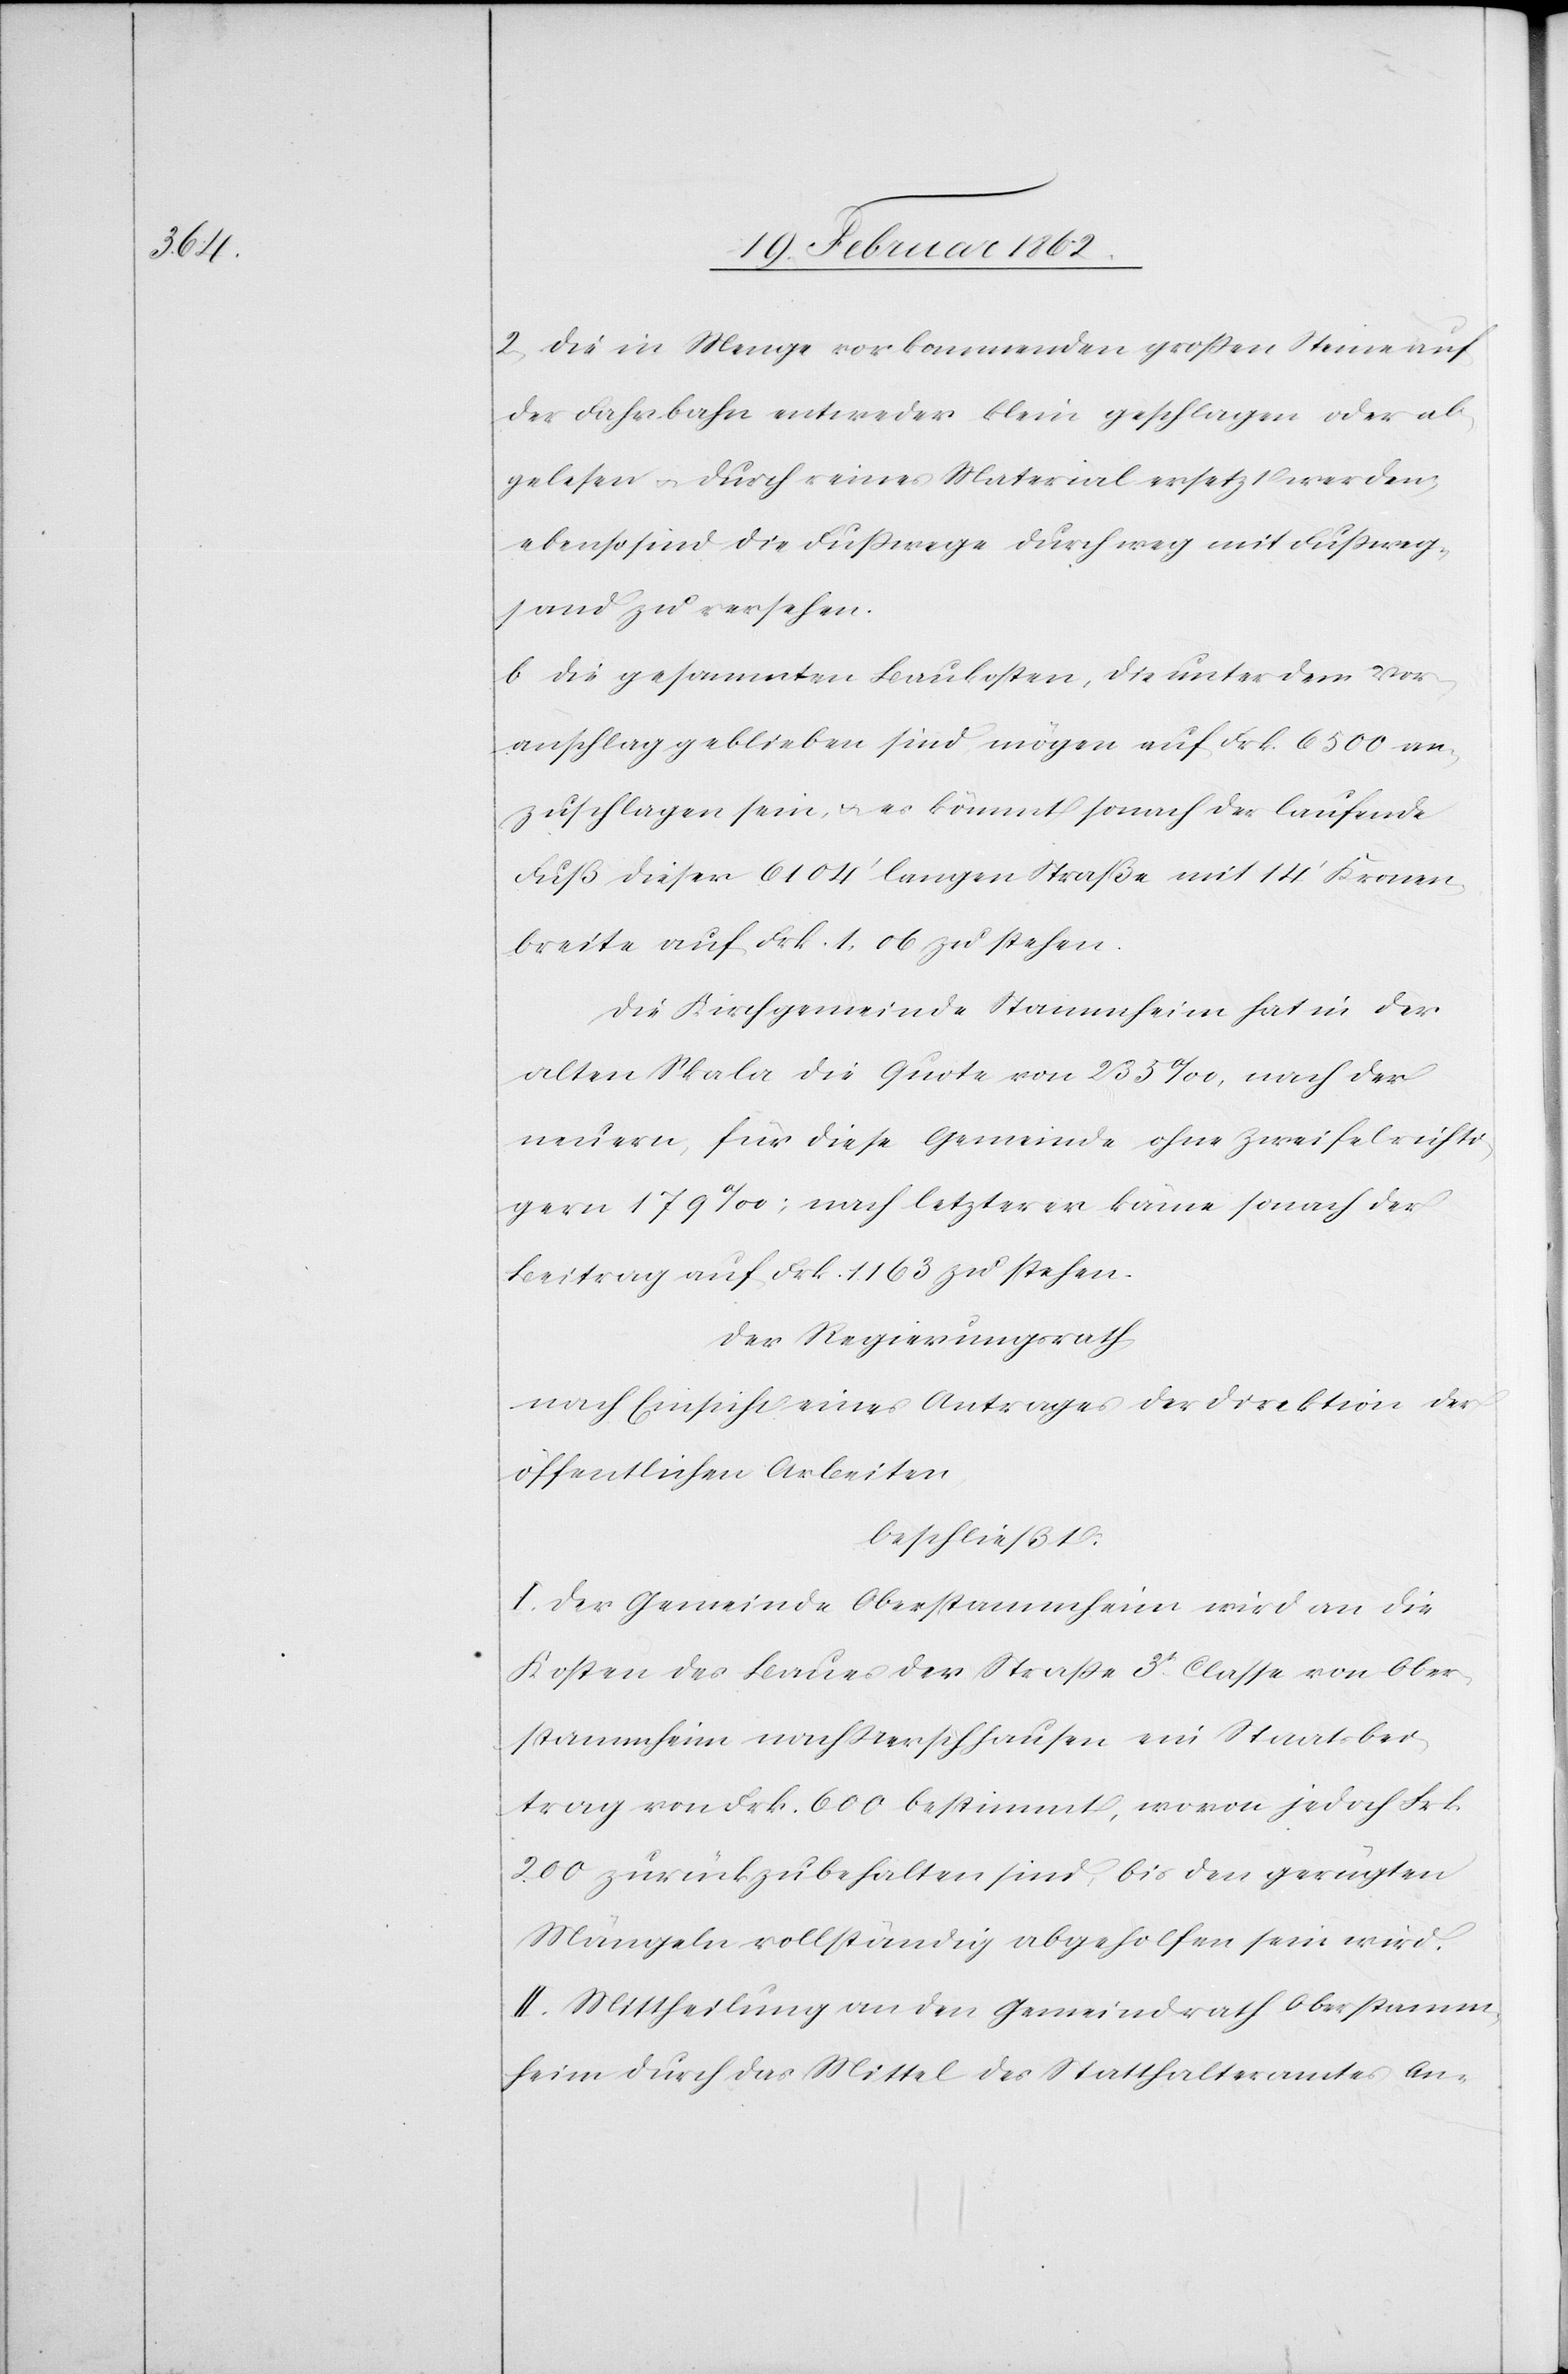
2) die in Menge vorkommenden großen Steine auf
der Fahrbahn entweder klein geschlagen oder ab¬
gelesen u. durch reines Material ersetzt werden,
ebenso sind die Fußwege durchweg mit Fußweg¬
sand zu versehen.
b) die gesammten Baukosten, die unter dem Vor¬
anschlag geblieben sind mögen auf Frk. 6500 an¬
zuschlagen sein, u. es kömmt sonach der laufende
Fuß dieser 6104’ langen Straße mit 14’ Kronen¬
breite auf Frk. 1.06 zu stehen.
Die Kirchgemeinde Stammheim hat in der
alten Skala die Quote von 235‰, nach der
neuern, für diese Gemeinde ohne Zweifel richti¬
gern 179‰; nach letzterer käme sonach der
Beitrag auf Frk. 1163 zu stehen.
Der Regierungsrath
nach Einsicht eines Antrages der Direktion der
öffentlichen Arbeiten
beschließt:
I. Der Gemeinde Oberstammheim wird an die
Kosten des Baues der Straße 3t. Classe von Ober¬
stammheim nach Uerschhausen eine Staatsbei¬
trag von Frk. 600 bestimmt, wovon jedoch Frk.
200 zurückzubehalten sind, bis den gerügten
Mängeln vollständig abgeholfen sein wird.
II. Mittheilung an den Gemeindrath Oberstamm¬
heim durch das Mittel des Statthalteramtes An-